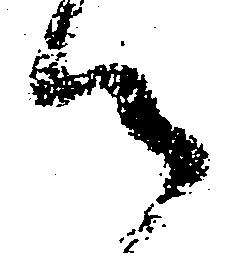
候